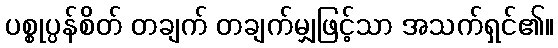
ပစ္စုပ္ပန်စိတ် တချက် တချက်မျှဖြင့်သာ အသက်ရှင်၏။